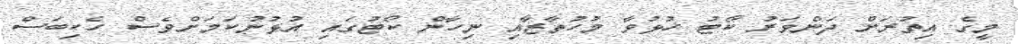
މީގެ އިތުރަށް ދަންވަރު ކޯޓު ހުޅުވާ މުހުތާޒާއި ނިހާން ކޯޓުގައި އުޅުނުކަމަށްވެސް ހެކިބަސް